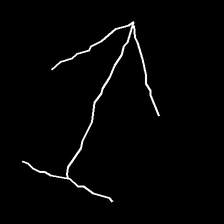
Glyph: levitation